Civil Veterinary Department Bihar & Orissa reports 1922-29 - 1922-1929
Year: 1922
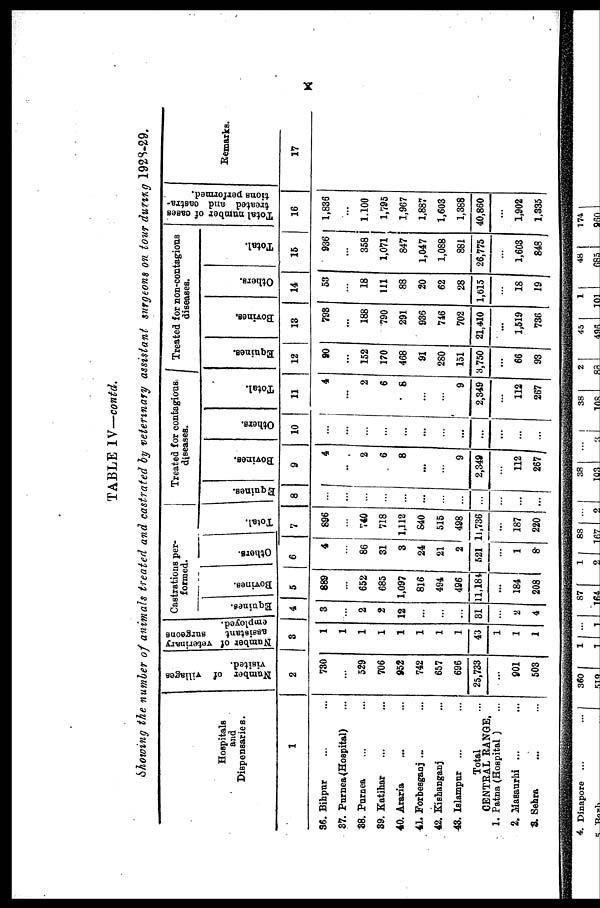
X
TABLE IV—contd.
Showing the number of animals treated and castrated by veterinary assistant surgeons on tour during 1928-29.
Hospitals
and
Dispensaries.
1
36. Bihpur
87. Purnea (Hospital)
88. Purnea
89. Katihar
40. Aran's
41. Forbesganj ...
42. Kishanganj
43. Islampur
Total
CENTRAL RANGE,
1. Patna (Hospital )
2. Masurhi ...
8. Sehra
Number of villages
visited.
2
780
...
529
706
952
742
657
696
25,733
...
901
503
Number of veterinary
assistant
surgeons
8
43
1
1
Castrations per-
formed.
Equinea.
4
3
...
2
2
12
...
...
...
81
...
2
4
Bovines.
5
889
652
685
1,097
816
494
496
11,184
184
208
Others.
6
4
...
86
31
3
24
21
2
521
...
1
8
Total.
7
896
...
740
718
1,112
840
515
498
11,736
...
187
220
Treated for contagious
diseases.
Equinea.
8
...
...
...
...
...
...
...
...
...
...
...
...
Bovines.
9
4 4
...
2
6
8
...
...
9
2,349
...
112
267
Others.
10
...
...
...
...
...
...
...
...
...
...
...
...
Total.
11
4
...
2
6
6
...
...
9
2,349
...
112
267
Treated for non-contagious
diseases.
Equines.
12
90
...
152
170
468
91
280
151
3,750
...
66
93
Bovines.
13
798
...
188
790
291
936
746
702
21,410
...
1,519
736
Others.
14
53
...
18
111
88
20
62
28
1,615
...
18
19
Total.
15
936
...
358
1,071
847
1,047
1,088
881
26,775
...
1,603
848
Total number of oases
treated and castra-
tions performed.
16
1,836
...
1.100
1,795
1,967
1,887
1,603
1,388
40,860
...
1,902
1,335
Remarks.
17